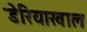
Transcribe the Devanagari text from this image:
डेरियाखाल